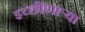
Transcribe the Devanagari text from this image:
इच्छीणाऱ्या